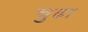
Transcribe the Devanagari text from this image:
चुढा